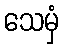
သေမှံ